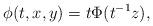
LaTeX: \begin{align*}\phi(t,x,y) = t\Phi(t^{-1}z),\end{align*}